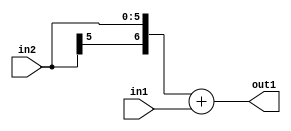
`timescale 1ps / 1ps
/*****************************************************************************
    Verilog RTL Description
    
    
    Created by: Stratus DpOpt 21.05.01 
*******************************************************************************/

module SobelFilter_Add_6Sx4U_7S_4 (
	in2,
	in1,
	out1
	); /* architecture "behavioural" */ 
input [5:0] in2;
input [3:0] in1;
output [6:0] out1;
wire [6:0] asc001;

assign asc001 = 
	+({in2[5], in2})
	+(in1);

assign out1 = asc001;
endmodule

/* CADENCE  ubL1QwA= : u9/ySxbfrwZIxEzHVQQV8Q== ** DO NOT EDIT THIS LINE ******/